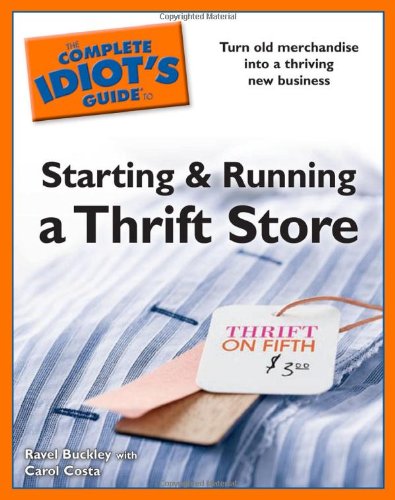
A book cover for The Complete Idiot's Guide to Starting and Running a Thrift Store; Ravel Buckley; Business & Money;